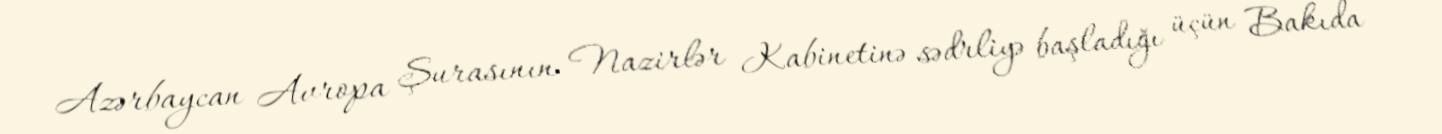
Azərbaycan Avropa Şurasının Nazirlər Kabinetinə sədrliyə başladığı üçün Bakıda